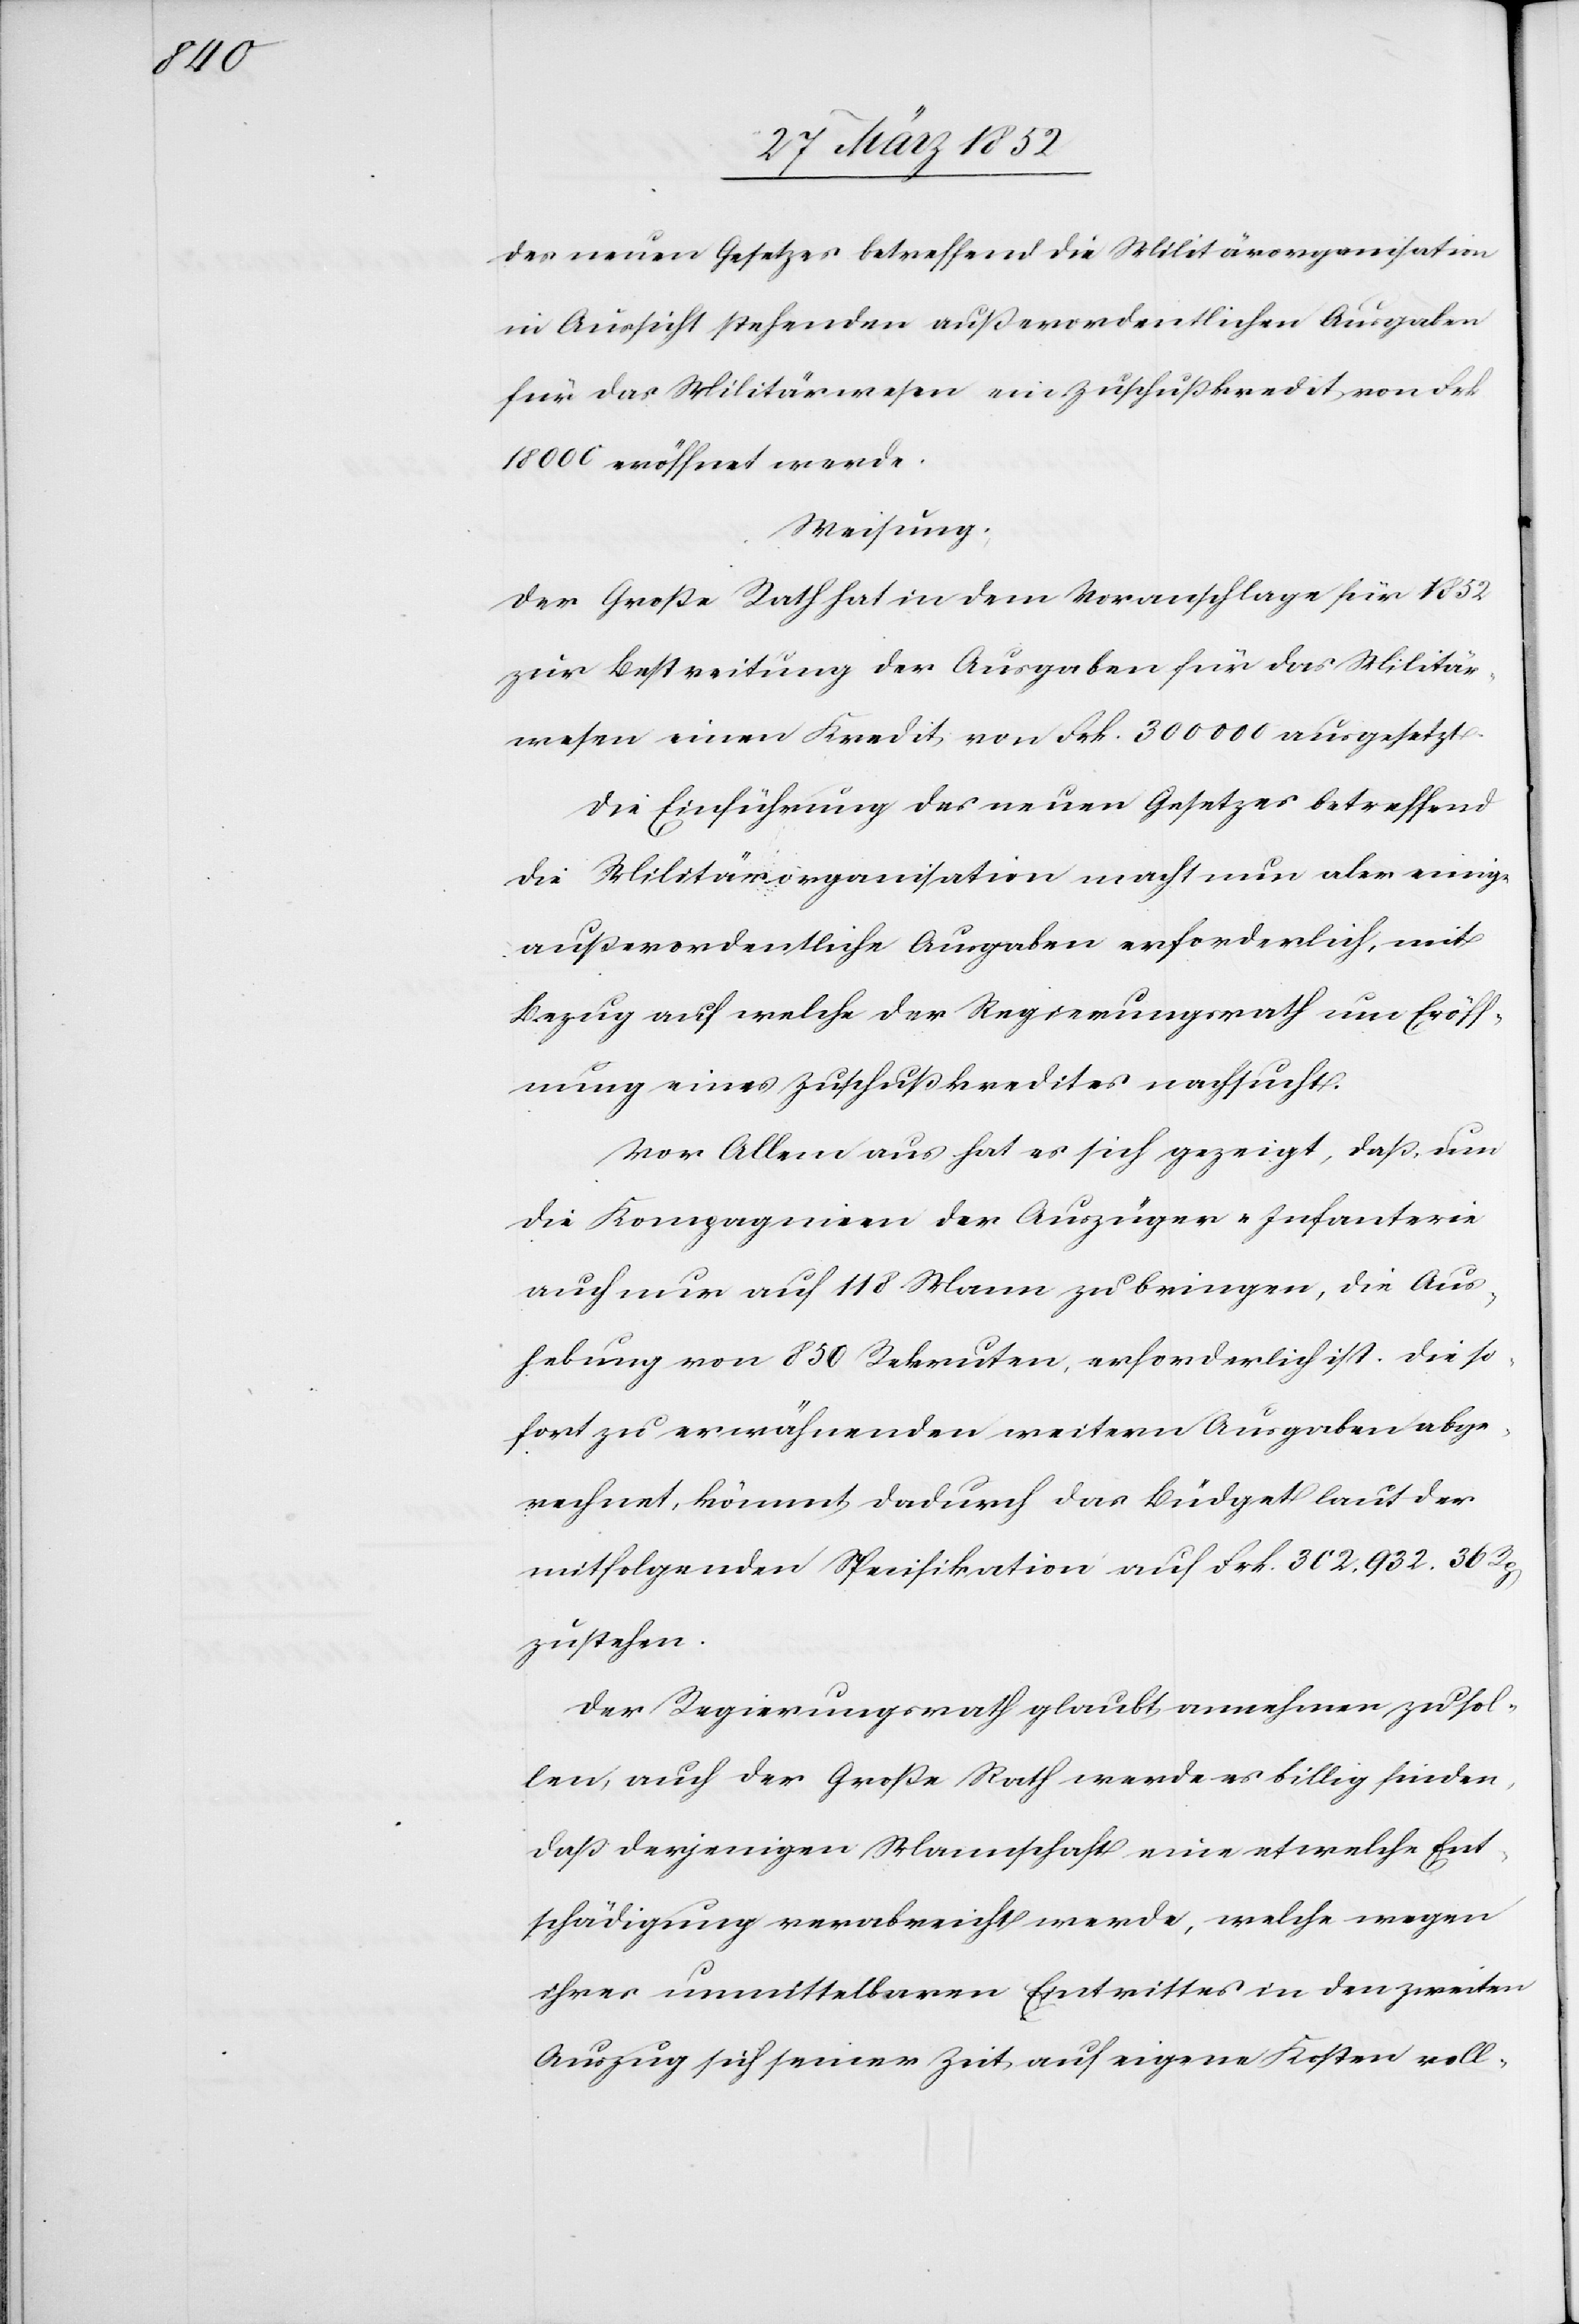
des neuen Gesetzes betreffend die Militärorganisation
in Aussicht stehenden außerordentlichen Ausgaben
für das Militärwesen ein Zuschußkredit von Frk.
18 000 eröffnet werde.
Weisung.
Der Große Rath hat in dem Voranschlage für 1852
zur Bestreitung der Ausgaben für das Militär¬
wesen einen Kredit von Frk. 300 000 ausgesetzt.
Die Einführung des neuen Gesetzes betreffend
die Militärorganisationmacht nun aber einige
außerordentliche Ausgaben erforderlich, mit
Bezug auf welche der Regierungsrath um Eröff¬
nung eines Zuschußkredites nachsucht.
Vor allem aus hat es sich gezeigt, daß, um
die Kompagnien der Auszüger-Infanterie
auch nur auf 118 Mann zu bringen, die Aus¬
hebung von 850 Rekruten erforderlich ist. Die so¬
fort zu erwähnenden weitern Ausgaben abge¬
rechnet, kömmt dadurch das Budget laut der
mitfolgenden Specifikation auf Frk. 302,932. 36 Rp
zu stehen.
Der Regierungsrath glaubt, annehmen zu sol¬
len, auch der Große Rath werde es billig finden,
daß derjenigen Mannschaft eine etwelche Ent¬
schädigung verabreicht werde, welche wegen
ihres unmittelbaren Eintrittes in den zweiten
Auszug sich seiner Zeit auf eigene Kosten voll-